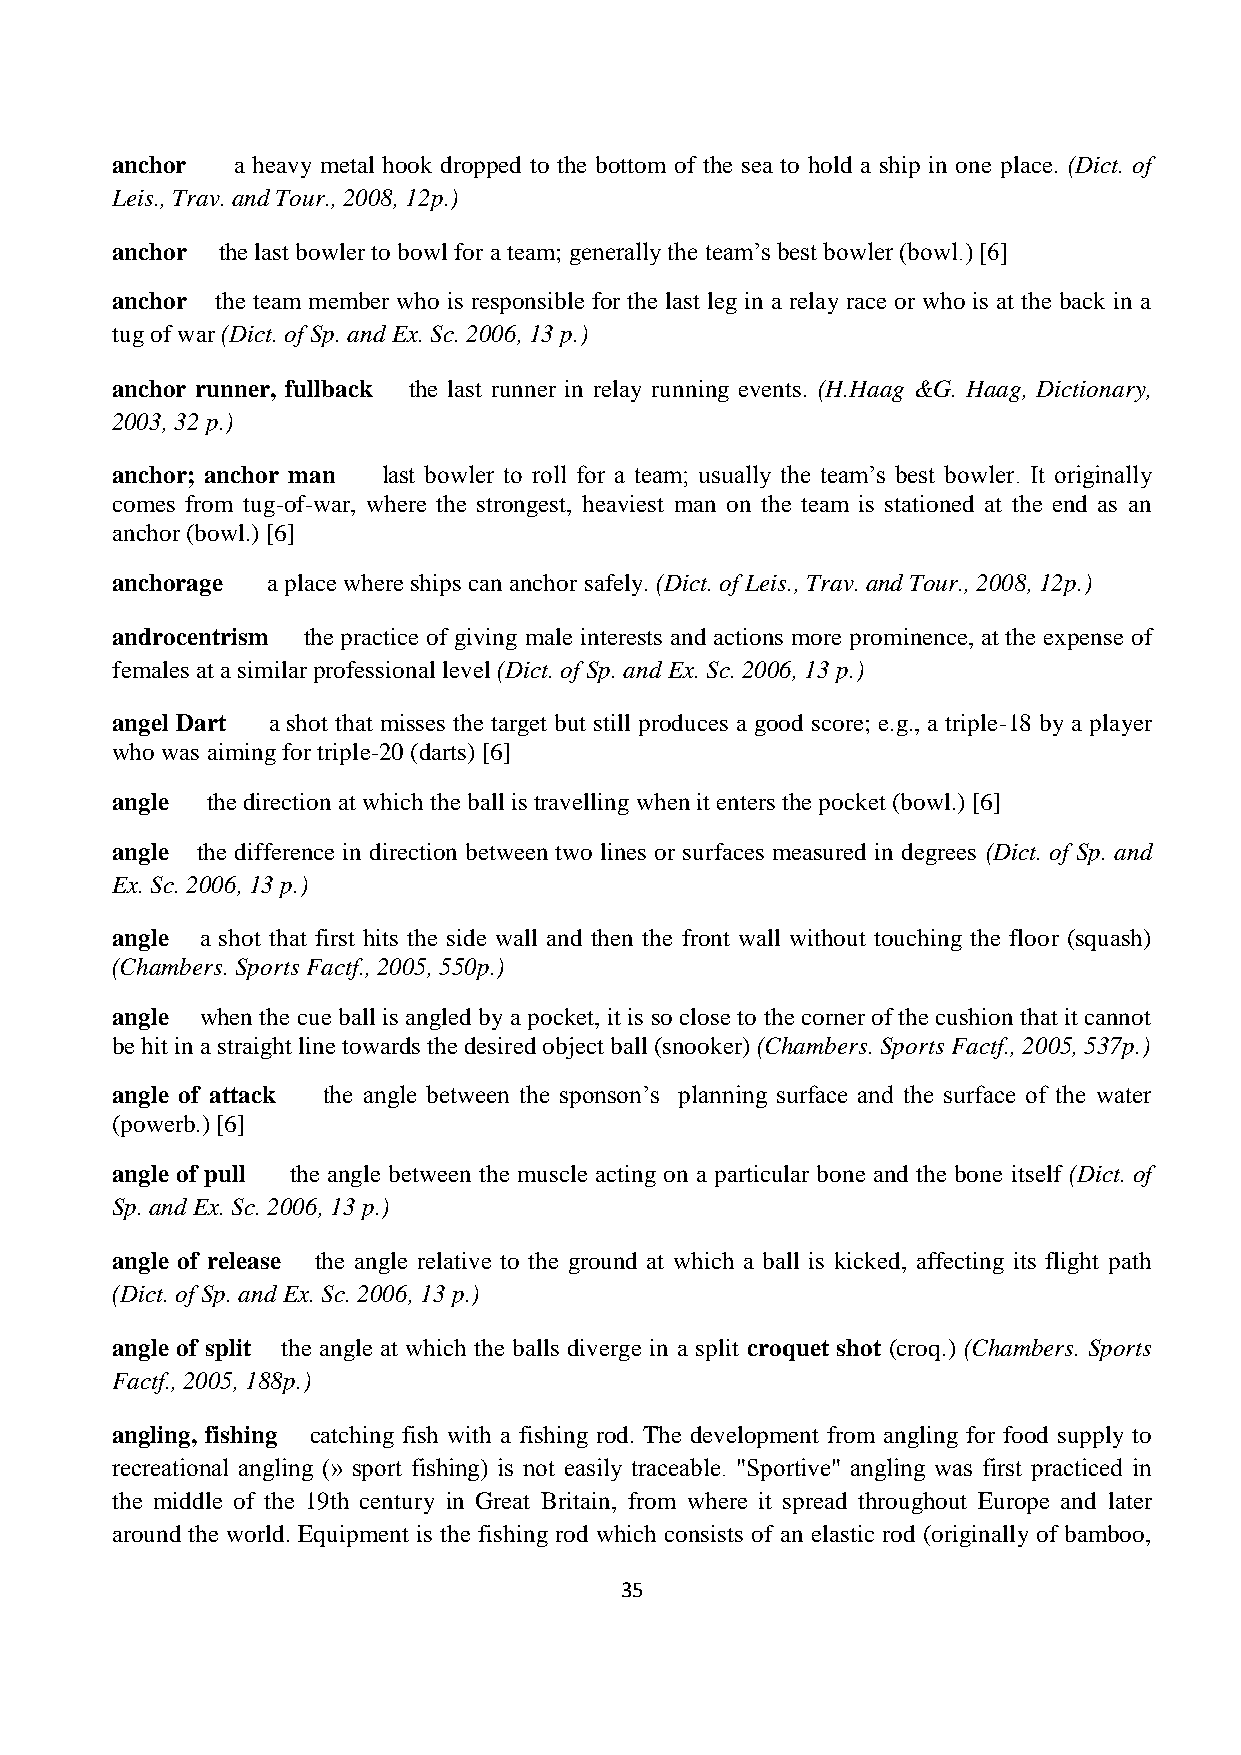
anchor  a heavy metal hook dropped to the bottom of the sea to hold a ship in one place. (Dict. of
 Leis., Trav. and Tour., 2008, 12p.)
 anchor the last bowler to bowl for a team; generally the team’s best bowler (bowl.) [6]
 anchor the team member who is responsible for the last leg in a relay race or who is at the back in a
 tug of war (Dict. of Sp. and Ex. Sc. 2006, 13 p.)
 anchor runner, fullback the last runner in relay running events. (H.Haag &G. Haag, Dictionary,
 2003, 32 p.)
 anchor; anchor man last bowler to roll for a team; usually the team’s best bowler. It originally
 comes from tug-of-war, where the strongest, heaviest man on the team is stationed at the end as an
 anchor (bowl.) [6]
 anchorage  a place where ships can anchor safely. (Dict. of Leis., Trav. and Tour., 2008, 12p.)
 androcentrism the practice of giving male interests and actions more prominence, at the expense of
 females at a similar professional level (Dict. of Sp. and Ex. Sc. 2006, 13 p.)
 angel Dart a shot that misses the target but still produces a good score; e.g., a triple-18 by a player
 who was aiming for triple-20 (darts) [6]
 angle  the direction at which the ball is travelling when it enters the pocket (bowl.) [6]
 angle the difference in direction between two lines or surfaces measured in degrees (Dict. of Sp. and
 Ex. Sc. 2006, 13 p.)
 angle a shot that first hits the side wall and then the front wall without touching the floor (squash)
 (Chambers. Sports Factf., 2005, 550p.)
 angle when the cue ball is angled by a pocket, it is so close to the corner of the cushion that it cannot
 be hit in a straight line towards the desired object ball (snooker) (Chambers. Sports Factf., 2005, 537p.)
 angle of attack the angle between the sponson’s planning surface and the surface of the water
 (powerb.) [6]
 angle of pull the angle between the muscle acting on a particular bone and the bone itself (Dict. of
 Sp. and Ex. Sc. 2006, 13 p.)
 angle of release the angle relative to the ground at which a ball is kicked, affecting its flight path
 (Dict. of Sp. and Ex. Sc. 2006, 13 p.)
 angle of split the angle at which the balls diverge in a split croquet shot (croq.) (Chambers. Sports
 Factf., 2005, 188p.)
 angling, fishing catching fish with a fishing rod. The development from angling for food supply to
 recreational angling (» sport fishing) is not easily traceable. "Sportive" angling was first practiced in
 the middle of the 19th century in Great Britain, from where it spread throughout Europe and later
 around the world. Equipment is the fishing rod which consists of an elastic rod (originally of bamboo,
 35